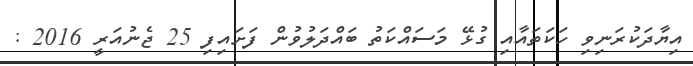
އިޔާދަކުރަނިވި ހަކަތައާއި ގުޅޭ މަސައްކަތު ބައްދަލުވުން ފަށައިފި 25 ޖެނުއަރީ 2016 :